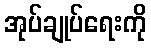
အုပ်ချုပ်ရေးကို